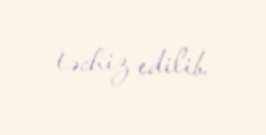
təchiz edilib.